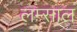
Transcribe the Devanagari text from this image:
लम्साल